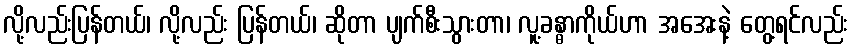
လို့လည်းပြန်တယ်၊ လို့လည်း ပြန်တယ်၊ ဆိုတာ ပျက်စီးသွားတာ၊ လူ့ခန္ဓာကိုယ်ဟာ အအေးနဲ့ တွေ့ရင်လည်း